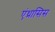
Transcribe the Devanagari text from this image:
एंथ्रासिस